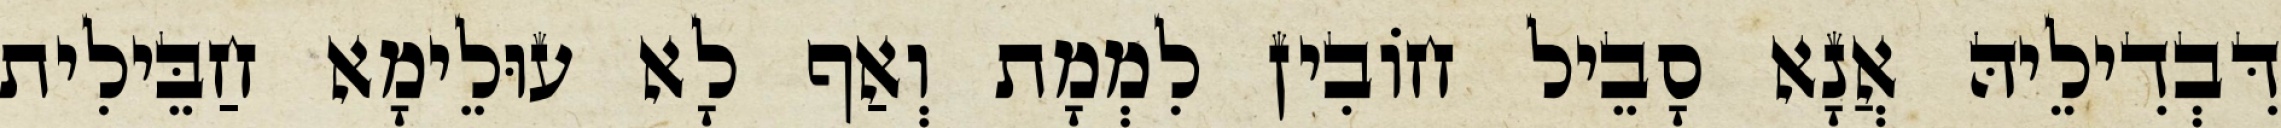
דִּבְדִילֵיהּ אֲנָא סָבֵיל חוֹבִין לִמְמָת וְאַף לָא עוּלֵימָא חַבֵּילִית